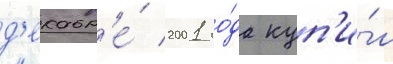
д'екабр'е́ 2001 го́да куп'и́л